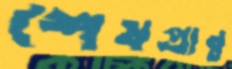
শেষপ্রান্ত